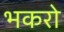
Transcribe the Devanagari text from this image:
भकरो